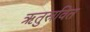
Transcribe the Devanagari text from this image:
ऋतुस्रवित